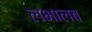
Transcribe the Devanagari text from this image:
लभालब